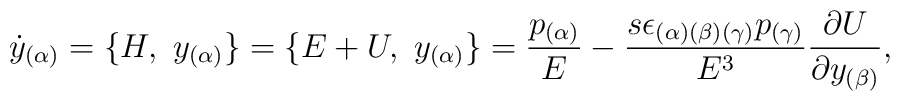
{\dot {  y}}_{(\alpha)} =\{H,\ {  y}_{(\alpha)}\} =\{E+U,\ {  y}_{(\alpha)}\}= {p_{(\alpha)} \over E}-{{s \epsilon_{(\alpha)(\beta)(\gamma)}p_{(\gamma)}} \over E^3}{{\partial U} \over {\partial {  y}_{(\beta)}}} ,